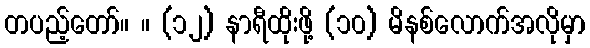
တပည့်တော်။ ။ (၁၂) နာရီထိုးဖို့ (၁၀) မိနစ်လောက်အလိုမှာ